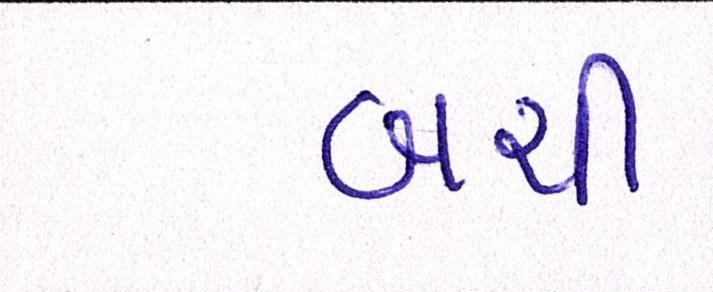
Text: બચી